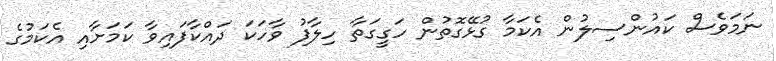
ނަމަވެސް ކައުންސިލުން އެކަމާ ގުޅޭގޮތުން ހަގީގަތާ ހިލާފު ވާހަކަ ދައްކާފައިވާ ކަމަށާއި އެކަމުގެ